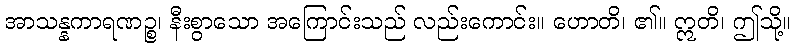
အာသန္နကာရဏဉ္စ၊ နီးစွာသော အကြောင်းသည် လည်းကောင်း။ ဟောတိ၊ ၏။ ဣတိ၊ ဤသို့။